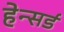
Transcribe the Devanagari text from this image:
हेन्सर्ड